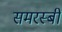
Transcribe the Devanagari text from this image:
समरस्बी